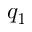
q _ { 1 }